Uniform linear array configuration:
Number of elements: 4
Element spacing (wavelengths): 0.25
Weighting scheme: binomial
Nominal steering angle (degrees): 30
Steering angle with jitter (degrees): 28.277
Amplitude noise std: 0.05
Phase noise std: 0.05

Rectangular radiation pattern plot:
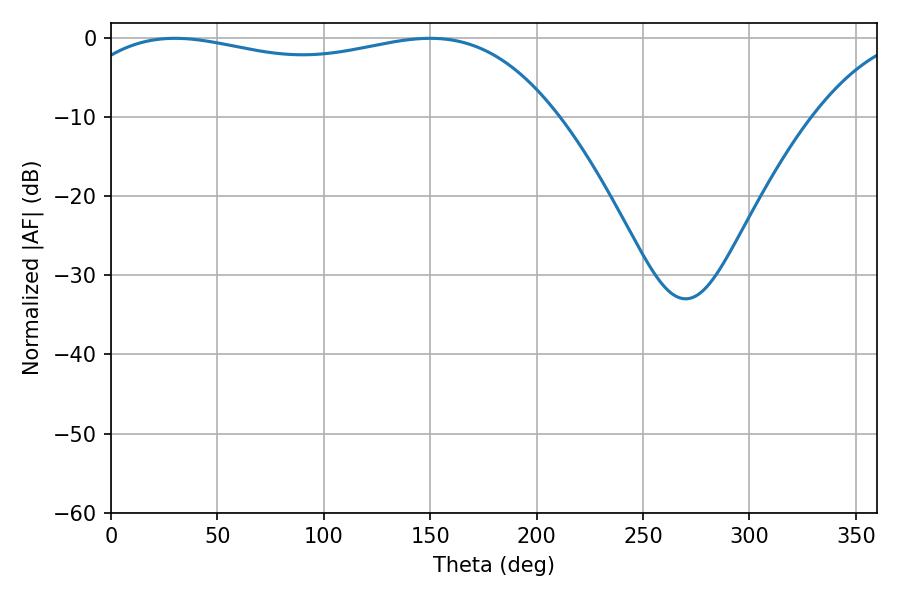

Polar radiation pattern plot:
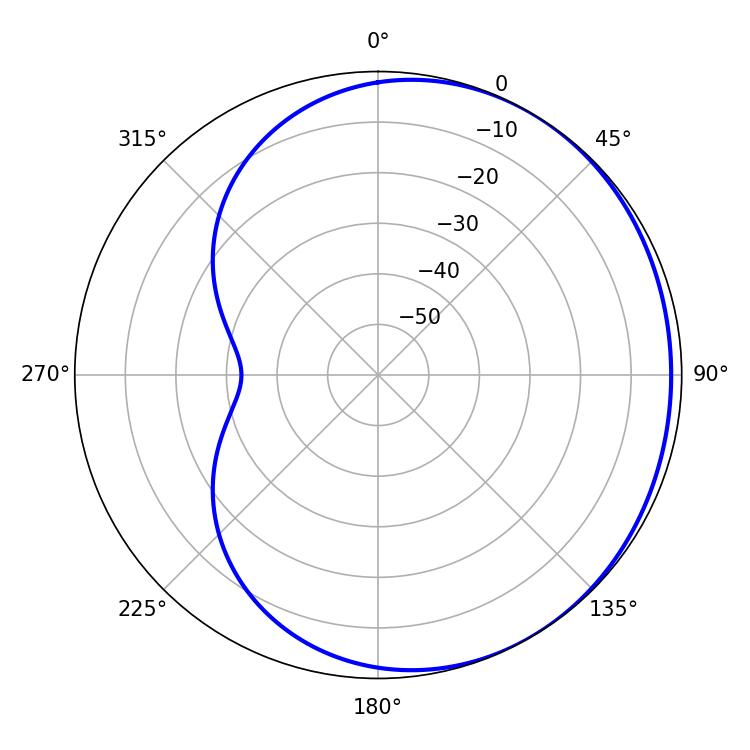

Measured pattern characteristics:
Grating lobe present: FALSE
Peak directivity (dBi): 1.283
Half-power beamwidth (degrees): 185.04
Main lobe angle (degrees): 30.06